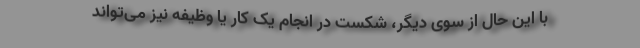
با این حال از سوی دیگر، شکست در انجام یک کار یا وظیفه نیز می‌تواند